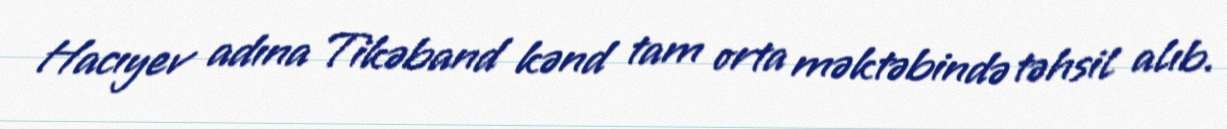
Hacıyev adına Tikəband kənd tam orta məktəbində təhsil alıb.